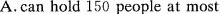
A.can hold 150 people at most B.only provides Chinese food